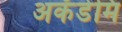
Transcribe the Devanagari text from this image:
अकॅडेमि